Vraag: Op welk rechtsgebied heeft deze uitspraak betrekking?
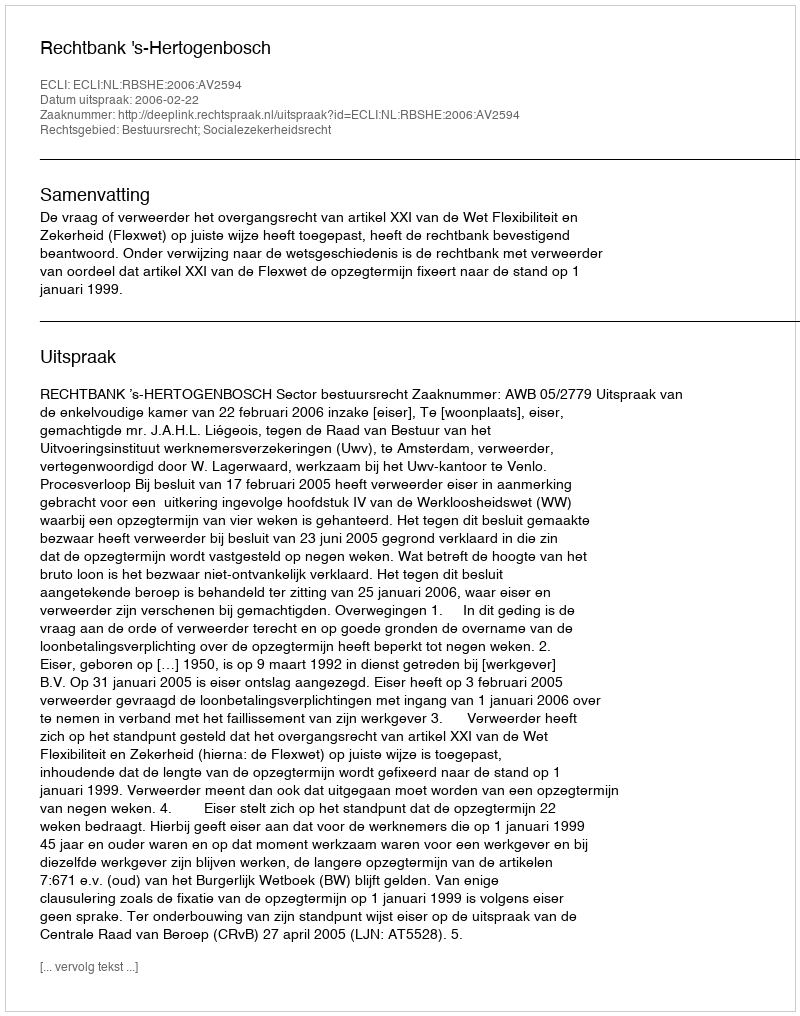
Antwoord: Bestuursrecht; Socialezekerheidsrecht